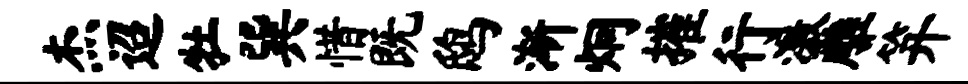
杰迢牡巽惜既鸱渐炯摧行激雕笄